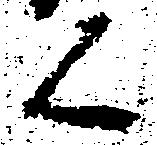
く